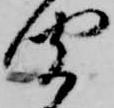
聞